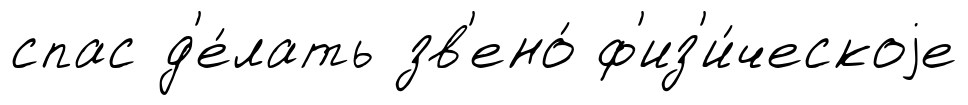
спас д'е́лать зв'ено́ ф'из'и́ческоjе